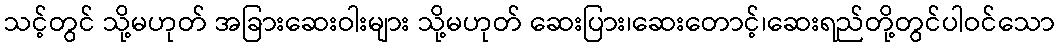
သင့်တွင် သို့မဟုတ် အခြားဆေးဝါးများ သို့မဟုတ် ဆေးပြား၊ဆေးတောင့်၊ဆေးရည်တို့တွင်ပါဝင်သော